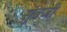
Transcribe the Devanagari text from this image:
सुबजी